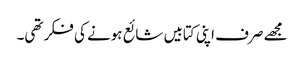
مجھے صرف اپنی کتابیں شائع ہونے کی فکر تھی۔